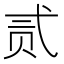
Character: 贰